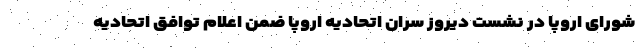
شورای اروپا در نشست دیروز سران اتحادیه اروپا ضمن اعلام توافق اتحادیه